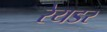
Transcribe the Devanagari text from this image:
रेयडर